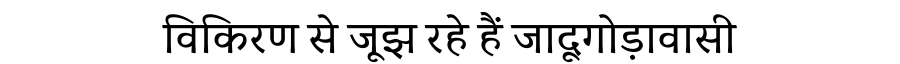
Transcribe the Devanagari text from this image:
विकिरण से जूझ रहे हैं जादूगोड़ावासी